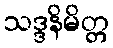
သဒ္ဒနိမိတ္တ